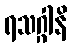
ရသဂ္ဂါနိ